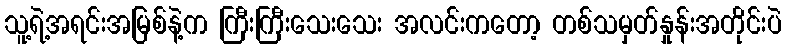
သူ့ရဲ့အရင်းအမြစ်နဲ့က ကြီးကြီးသေးသေး အလင်းကတော့ တစ်သမှတ်နှုန်းအတိုင်းပဲ